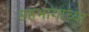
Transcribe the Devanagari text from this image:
सहभागाच्या